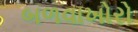
બળવાખોરો